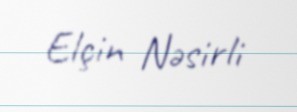
Elçin Nəsirli